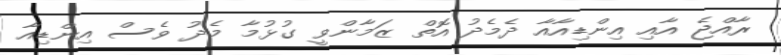
ރާއްޖެ އާއި އިންޑިއާއާ ދެމެދު އޮތް ޒަމާންވީ ގުޅުމާ މެދު ވެސް އިންޑިއާ